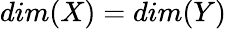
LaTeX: dim(X)=dim(Y)